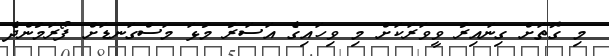
މި ގޮތަށް ގިނައިރު ވީވަރަކަށް މި ވިހައިގެ އަސަރު މުޅަ މަސްގަނޑަށް ފޯރަމުންދެ